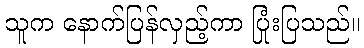
သူက နောက်ပြန်လှည့်ကာ ပြုံးပြသည်။